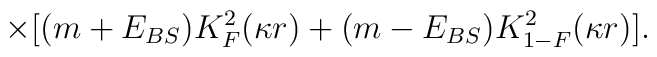
\times[(m +E_{{BS}})K^{2}_{F}(\kappa r) + (m - E_{{BS}})K^{2}_{1-F}(\kappa r)].